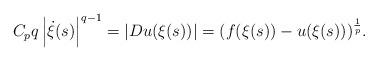
LaTeX: \begin{align*}C_pq \left|\dot{\xi}(s)\right|^{q-1}=\left|Du(\xi(s))\right|=(f(\xi(s))-u(\xi(s)))^\frac{1}{p}.\end{align*}